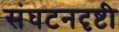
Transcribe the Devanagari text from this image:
संघटनदृष्टी